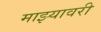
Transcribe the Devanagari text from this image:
माझ्यावरी